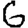
Digit: 6